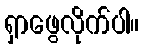
ရှာဖွေလိုက်ပါ။